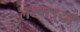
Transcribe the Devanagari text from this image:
लम्बाइयाँ